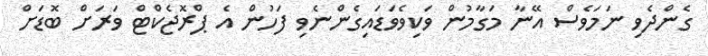
ގެންދެވި ނަމަވެސް އޭނާ މަގާމުން ވަކިވެވަޑައިގެންނެވި ފަހުން އެ ޕްރޮޖެކްޓް ވަރަށް ބޮޑަށް